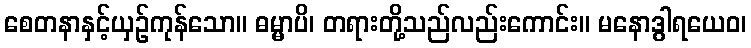
စေတနာနှင့်ယှဉ်ကုန်သော။ ဓမ္မာပိ၊ တရားတို့သည်လည်းကောင်း။ မနောဒွါရယေဝ၊